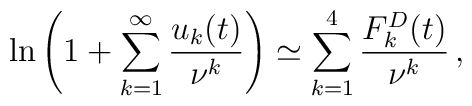
\ln\left ( 1+\sum_{k=1}^{\infty}\frac{u_k(t)}{\nu^k}\right )\simeq\sum_{k=1}^{4}\frac{F^D_k(t)}{\nu^k}\,{,}